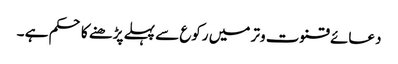
دعائے قنوت وتر میں رکوع سے پہلے پڑھنے کا حکم ہے ۔